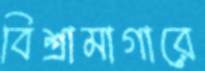
বিশ্রামাগারে